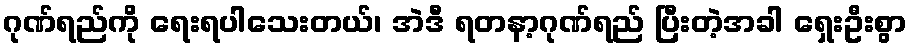
ဂုဏ်ရည်ကို ရေးရပါသေးတယ်၊ အဲဒီ ရတနာ့ဂုဏ်ရည် ပြီးတဲ့အခါ ရှေးဦးစွာ